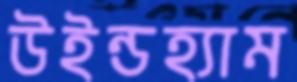
উইন্ডহ্যাম